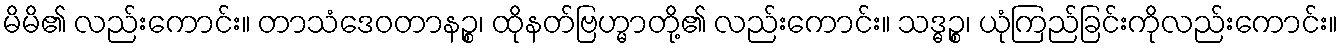
မိမိ၏ လည်းကောင်း။ တာသံဒေဝတာနဉ္စ၊ ထိုနတ်ဗြဟ္မာတို့၏ လည်းကောင်း။ သဒ္ဓဉ္စ၊ ယုံကြည်ခြင်းကိုလည်းကောင်း။